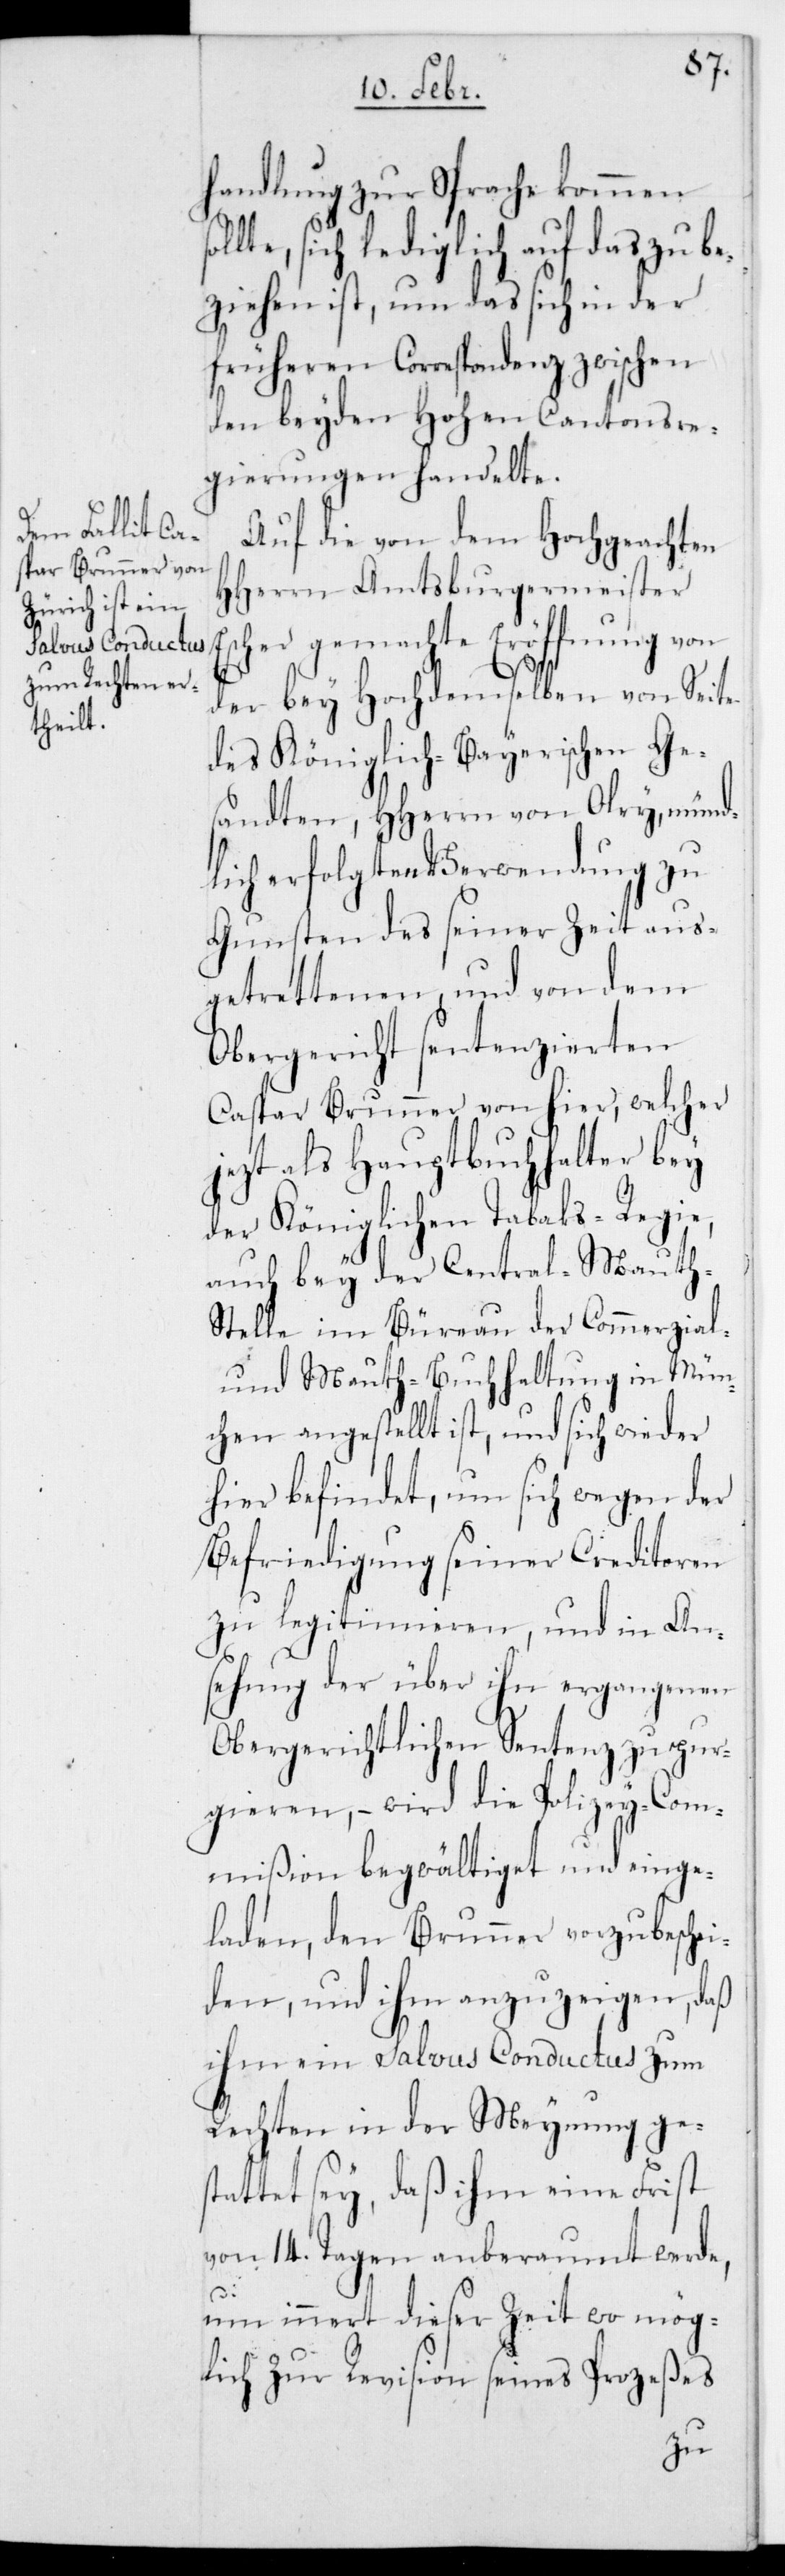
handlung zur Sprache kommen
ollte, sich lediglich auf das zu be¬
ziehen ist, um das sich in der
früheren Correspondenz zwischen
den beyden Hohen Cantonsre¬
gierungen handelte.
s¬
Auf die von dem Hochgeachten
HHerrn Amtsburgermeister
der bey Hochdemselben von Seite
des Königlich-Bayerischen Ges¬
andten, HHerrn von Olry, münd¬
lich erfolgten Verwendung zu
Gunsten des seiner Zeit aus¬
getrettenen und von dem
Obergericht sentenzierten
Caspar Brunner von hier, welcher
jetzt als Hauptbuchhalter bey
der Königlichen Tabaks-Regie,
auch bey der Central-Mauth-S¬
telle im Bureau der Commerzial-
und Mauth-Buchhaltung in Mün¬
chen angestellt ist, und sich wieder
hier befindet, um sich wegen der
Befriedigung seiner Creditoren
zu legitimieren, und in An¬
sehung der über ihn ergangenen
obergerichtlichen Sentenz zu pur¬
gieren, – wird die Polizey-Com¬
mißion begwältiget und einge¬
laden, den Brunner vorzubeschei¬
den, und ihm anzuzeigen, daß
ihm ein Salvus Conductus zum
Rechten in der Meynung ges¬
tattet sey, daß ihm eine Frist
von 14. Tagen anberaumt werde,
um innert dieser Zeit wo mög¬
lich zur Revision seines Prozeßes